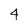
Character: 4